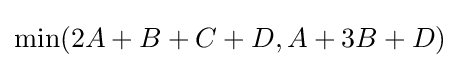
\min(2A+B+C+D,A+3B+D)